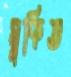
মুকিত